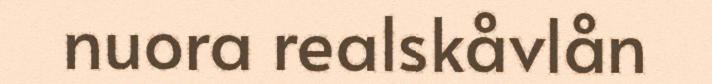
nuora realskåvlån